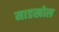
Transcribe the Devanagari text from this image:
माडखोल